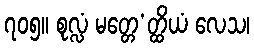
၇၀၅။ စုလ္လံ မတ္တေ’တ္ထိယံ လေသ၊